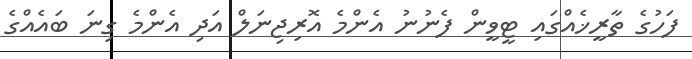
ފަހުގެ ތާރީޚެއްގައި ޓީވީން ފެނުނު އެންމެ އޮރިޖިނަލް އަދި އެންމެ ގިނަ ބައެއްގެ